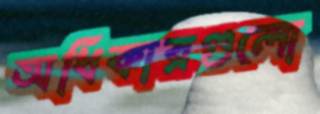
অধিকারগুলো